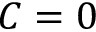
C = 0